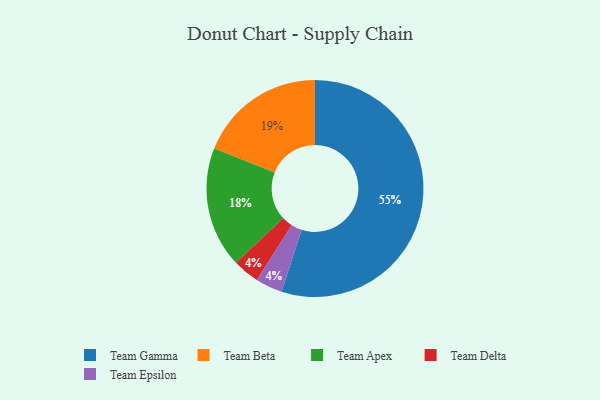
{"axis": {"x": "Category", "y": "Percentage"}, "legend": ["Team Apex", "Team Beta", "Team Delta", "Team Epsilon", "Team Gamma"], "data": [{"x": "Team Apex", "y": 18, "type": "Team Apex"}, {"x": "Team Delta", "y": 4, "type": "Team Delta"}, {"x": "Team Gamma", "y": 55, "type": "Team Gamma"}, {"x": "Team Beta", "y": 19, "type": "Team Beta"}, {"x": "Team Epsilon", "y": 4, "type": "Team Epsilon"}]}